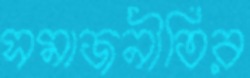
সমাজনীতির